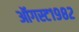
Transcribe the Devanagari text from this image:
ऑगस्ट१९८२